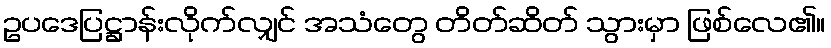
ဥပဒေပြဋ္ဌာန်းလိုက်လျှင် အသံတွေ တိတ်ဆိတ် သွားမှာ ဖြစ်လေ၏။